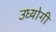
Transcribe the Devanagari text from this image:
उध्योगी